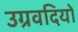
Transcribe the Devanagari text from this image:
उग्रवदियों